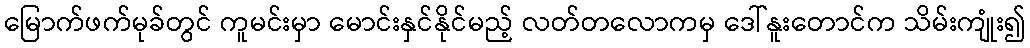
မြောက်ဖက်မုခ်တွင် ကူမင်းမှာ မောင်းနှင်နိုင်မည့် လတ်တလောကမှ ဒေါ်နူးတောင်က သိမ်းကျုံး၍